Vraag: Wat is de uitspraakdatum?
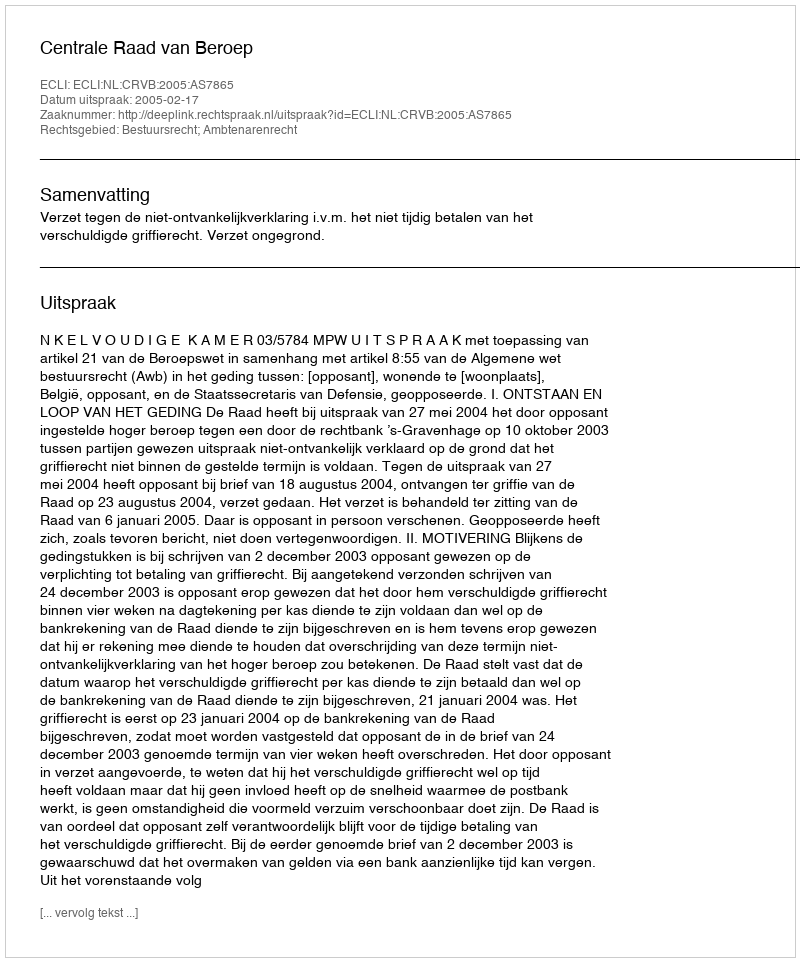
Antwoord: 2005-02-17